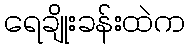
ရေချိုးခန်းထဲက